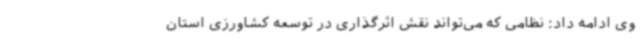
وی ادامه داد: نظامی که می‌تواند نقش اثرگذاری در توسعه کشاورزی استان